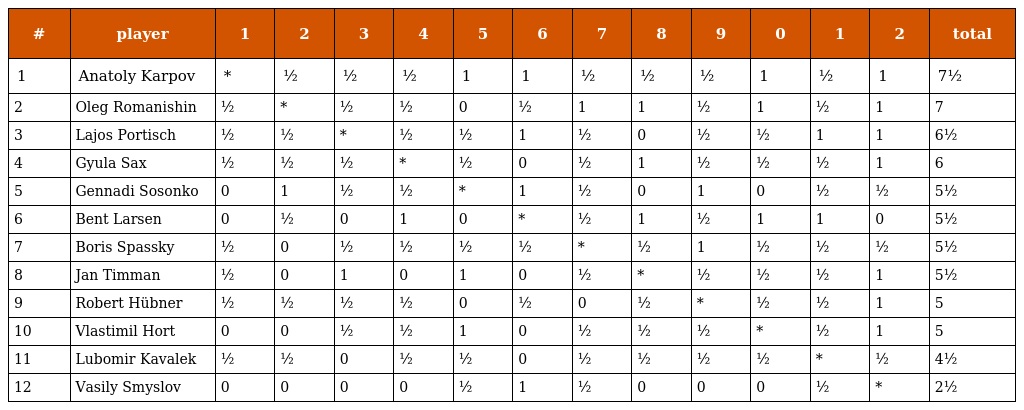
| # | player | 1 | 2 | 3 | 4 | 5 | 6 | 7 | 8 | 9 | 0 | 1 | 2 | total |
 | --- | --- | --- | --- | --- | --- | --- | --- | --- | --- | --- | --- | --- | --- | --- |
 | 1 | Anatoly Karpov | * | ½ | ½ | ½ | 1 | 1 | ½ | ½ | ½ | 1 | ½ | 1 | 7½ |
 | 2 | Oleg Romanishin | ½ | * | ½ | ½ | 0 | ½ | 1 | 1 | ½ | 1 | ½ | 1 | 7 |
 | 3 | Lajos Portisch | ½ | ½ | * | ½ | ½ | 1 | ½ | 0 | ½ | ½ | 1 | 1 | 6½ |
 | 4 | Gyula Sax | ½ | ½ | ½ | * | ½ | 0 | ½ | 1 | ½ | ½ | ½ | 1 | 6 |
 | 5 | Gennadi Sosonko | 0 | 1 | ½ | ½ | * | 1 | ½ | 0 | 1 | 0 | ½ | ½ | 5½ |
 | 6 | Bent Larsen | 0 | ½ | 0 | 1 | 0 | * | ½ | 1 | ½ | 1 | 1 | 0 | 5½ |
 | 7 | Boris Spassky | ½ | 0 | ½ | ½ | ½ | ½ | * | ½ | 1 | ½ | ½ | ½ | 5½ |
 | 8 | Jan Timman | ½ | 0 | 1 | 0 | 1 | 0 | ½ | * | ½ | ½ | ½ | 1 | 5½ |
 | 9 | Robert Hübner | ½ | ½ | ½ | ½ | 0 | ½ | 0 | ½ | * | ½ | ½ | 1 | 5 |
 | 10 | Vlastimil Hort | 0 | 0 | ½ | ½ | 1 | 0 | ½ | ½ | ½ | * | ½ | 1 | 5 |
 | 11 | Lubomir Kavalek | ½ | ½ | 0 | ½ | ½ | 0 | ½ | ½ | ½ | ½ | * | ½ | 4½ |
 | 12 | Vasily Smyslov | 0 | 0 | 0 | 0 | ½ | 1 | ½ | 0 | 0 | 0 | ½ | * | 2½ |